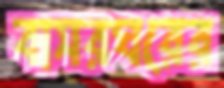
বাসরঘরের